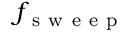
f _ { \mathrm { ~ s ~ w ~ e ~ e ~ p ~ } }